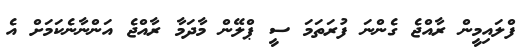
ފްލައިމީން ރާއްޖެ ގެންނަ ފުރަތަމަ ސީ ޕްލޭން މާދަމާ ރާއްޖެ އަންނާނެކަމަށް އެ